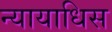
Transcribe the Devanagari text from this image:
न्यायाधिस